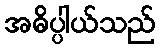
အဓိပ္ပါယ်သည်